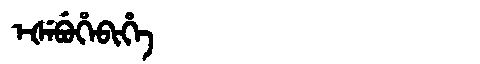
Manchu: ᡝᡧᡝᠪᡠᡥᡝᠪᡳᡥᡝ
Romanization: EŠEBUHEBIHE